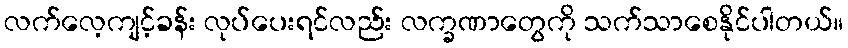
လက်လေ့ကျင့်ခန်း လုပ်ပေးရင်လည်း လက္ခဏာတွေကို သက်သာစေနိုင်ပါတယ်။